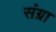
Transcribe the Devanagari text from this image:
संग्रा